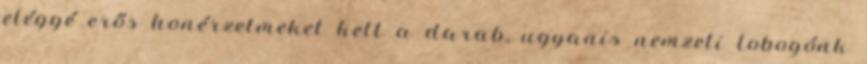
eléggé erős honérzelmeket kelt a darab, ugyanis nemzeti lobogónk